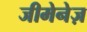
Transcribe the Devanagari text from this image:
जीमेनेज़